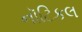
નૉટિકલ